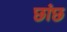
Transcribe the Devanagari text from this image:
छांछ